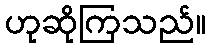
ဟုဆိုကြသည်။